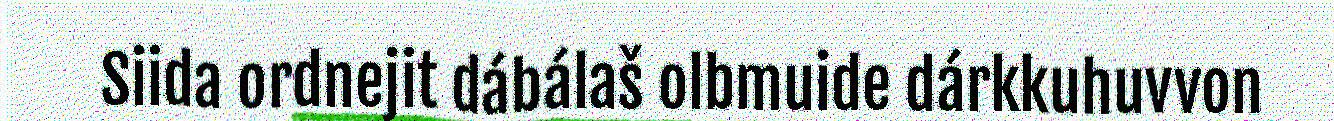
Siida ordnejit dábálaš olbmuide dárkkuhuvvon